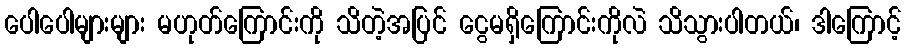
ပေါပေါများများ မဟုတ်ကြောင်းကို သိတဲ့အပြင် ငွေမရှိကြောင်းကိုလဲ သိသွားပါတယ်၊ ဒါကြောင့်